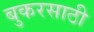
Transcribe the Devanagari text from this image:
बुकरसाठी